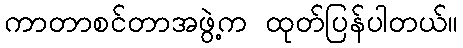
ကာတာစင်တာအဖွဲ့က ထုတ်ပြန်ပါတယ်။